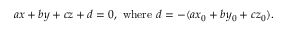
a x + b y + c z + d = 0 , { \mathrm { ~ w h e r e ~ } } d = - ( a x _ { 0 } + b y _ { 0 } + c z _ { 0 } ) .